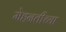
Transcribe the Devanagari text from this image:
मेहनतीच्या